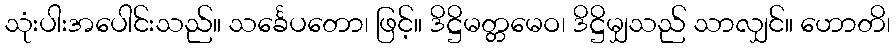
သုံးပါးအပေါင်းသည်။ သင်္ခေပတော၊ ဖြင့်။ ဒိဋ္ဌိမတ္တမေဝ၊ ဒိဋ္ဌိမျှသည် သာလျှင်။ ဟောတိ၊